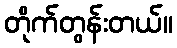
တိုက်တွန်းတယ်။